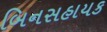
બિનસહાયક